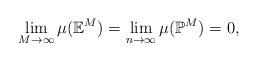
LaTeX: \begin{align*}\lim_{M\to\infty}\mu(\mathbb{E}^M)=\lim_{n\to\infty}\mu(\mathbb{P}^M)=0,\end{align*}